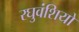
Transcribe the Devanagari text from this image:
रघुवंशियो